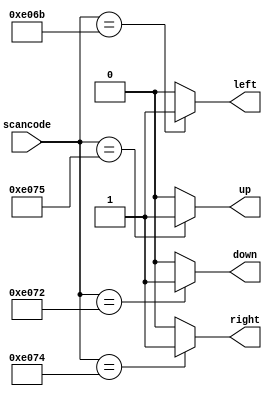
module top_module (
    input [15:0] scancode,
    output reg left,
    output reg down,
    output reg right,
    output reg up  ); 
    always @(*) begin
        left=1'b0;down=1'b0;right=1'b0;up=1'b0; //0 
        case (scancode)                         // case 
            16'he06b: left=1;
            16'he072: down=1;
            16'he074: right=1;
            16'he075: up=1;
        endcase
    end
endmodule